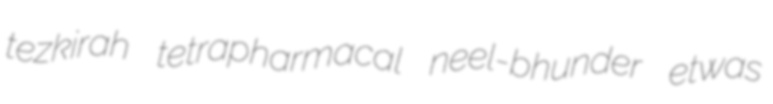
tezkirah tetrapharmacal neel-bhunder etwas